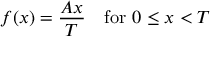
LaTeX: f ( x ) = { \frac { A x } { T } } \quad { \mathrm { f o r ~ } } 0 \leq x < T